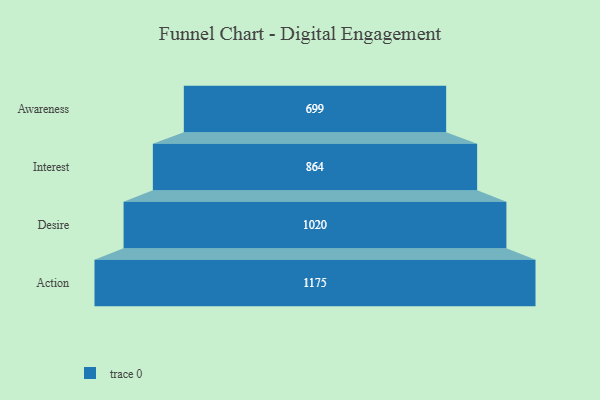
{"axis": {"x": "Stage", "y": "Value"}, "legend": [""], "data": [{"x": "Awareness", "y": 699.0, "type": ""}, {"x": "Interest", "y": 864.0, "type": ""}, {"x": "Desire", "y": 1020.0, "type": ""}, {"x": "Action", "y": 1175.0, "type": ""}]}